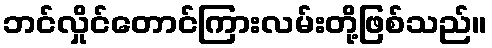
ဘင်လှိုင်တောင်ကြားလမ်းတို့ဖြစ်သည်။